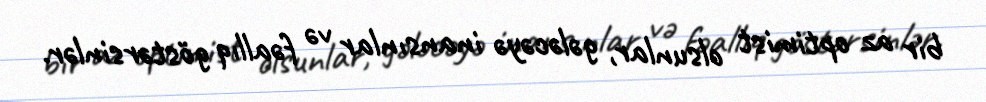
bir az optimist olsunlar, gələcəyə inansınlar və fəallıq göstərsinlər.